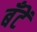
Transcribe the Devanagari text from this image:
बँटें